Insane asylums Bombay 1873-77 - 1873-1877
Year: 1873
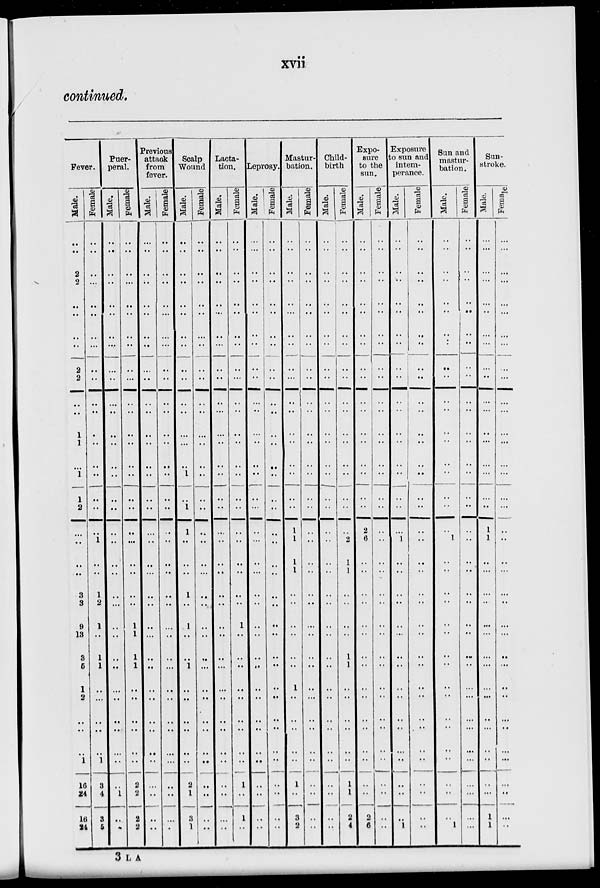
xvii
continued.
Fever.
Male.
..
..
2
2
..
..
..
..
2
2
..
..
1
1
..
1
1
2
..
..
..
..
3
3
9
13
3
5
1
2
..
..
..
1
16
24
16
24
Female.
..
..
..
..
..
..
..
..
..
..
..
..
..
..
..
..
..
..
..
1
..
..
1
2
1
..
1
1
..
..
..
..
..
1
3
4
3
5
Puer-
peral.
Male.
..
..
..
..
..
..
..
..
..
..
..
..
..
..
..
..
..
..
..
..
..
..
..
...
..
..
..
..
..
..
..
..
..
..
..
1
..
..
Female.
..
..
..
..
..
..
..
..
..
..
..
..
..
..
..
..
..
..
..
..
..
..
..
..
1
1
1
1
..
..
..
..
..
..
2
2
2
2
Previous
attack
from
fever.
Male.
..
..
..
..
..
..
..
..
..
..
..
..
..
..
..
..
..
..
..
..
..
..
..
..
..
...
..
..
..
..
..
..
..
..
..
....
..
..
Female.
..
..
..
..
..
..
..
..
..
..
..
..
..
..
..
..
..
..
..
..
..
..
..
..
...
..
..
...
..
..
..
..
..
...
..
..
...
..
Scalp
Wound
Male.
..
..
..
..
..
..
..
..
..
..
..
..
..
..
..
1
..
1
1
..
..
..
1
..
1
..
..
1
..
..
..
..
..
..
2
1
3
1
Female.
..
..
..
..
..
..
..
..
..
..
..
..
..
..
..
..
..
..
..
..
..
..
..
..
..
..
..
...
..
..
..
..
..
..
..
..
..
..
Lacta-
tion.
Male.
..
..
..
..
..
..
..
..
..
..
..
..
..
..
..
..
..
..
..
..
..
..
..
..
..
..
..
...
..
..
..
..
..
..
..
..
..
..
Female.
..
..
..
..
..
..
..
..
..
..
..
..
..
..
..
..
..
..
..
..
..
..
..
..
1
..
..
..
..
..
..
..
..
..
1
..
1
..
Leprosy.
Male.
..
..
..
..
..
..
..
..
..
..
..
..
..
..
..
..
..
..
..
..
..
..
..
..
..
..
..
..
..
..
..
..
..
..
..
..
..
..
Female.
..
..
..
..
..
..
..
..
..
..
..
..
..
..
..
..
..
..
..
..
..
..
..
..
..
..
..
..
..
..
..
..
..
..
..
..
..
..
Mastur-
bation.
Male.
..
..
..
..
..
..
..
..
..
..
..
..
..
..
..
..
..
..
1
1
1
1
..
..
..
..
..
..
1
..
..
..
..
..
1
..
3
2
Female.
..
..
..
..
..
..
..
..
..
..
..
..
..
..
..
..
..
..
..
..
..
..
..
..
..
..
..
..
..
..
..
..
..
..
..
..
..
..
Child-
birth
Male.
..
..
..
..
..
..
..
..
..
..
..
..
..
..
..
..
..
..
..
..
..
..
..
..
..
..
..
..
..
..
..
..
..
..
..
..
..
..
Female.
..
..
..
..
..
..
..
..
..
..
..
..
..
..
..
..
..
..
..
2
1
1
..
..
..
..
1
1
..
..
..
..
..
..
1
1
2
4
Expo-
sure
to the
sun.
Male.
..
..
..
..
..
..
..
..
..
..
..
..
..
..
..
..
..
..
2
6
..
..
..
..
..
..
..
..
..
..
..
..
..
..
..
..
2
6
Female.
..
..
..
..
..
..
..
..
..
..
..
..
..
..
..
..
..
..
..
..
..
..
..
..
..
..
..
..
..
..
..
..
..
..
..
..
..
..
Exposure
to sun and
intem-
perance.
Male.
..
..
..
..
..
..
..
..
..
..
..
..
..
..
..
..
..
..
..
1
..
..
..
..
..
..
..
..
..
..
..
..
..
..
..
..
..
1
Female.
..
..
..
..
..
..
..
..
..
..
..
..
..
..
..
..
..
..
..
..
..
..
..
..
..
..
..
..
..
..
..
..
..
..
..
..
..
..
Sun and
mastur-
bation.
Male.
..
..
..
..
..
..
..
..
..
..
..
..
..
..
..
..
..
..
..
1
..
..
..
..
..
..
..
..
..
..
..
..
..
..
..
..
..
1
Female.
..
..
..
..
..
..
..
..
..
..
..
..
..
..
..
..
..
..
..
..
..
..
..
..
..
..
..
..
..
...
..
...
...
...
..
...
..
...
Sun-
stroke.
Male.
..
...
..
...
...
..
...
...
..
..
...
...
..
...
..
...
..
..
1
1
..
...
..
..
...
...
..
...
..
...
..
...
..
..
..
...
1
1
Female.
..
...
..
...
...
...
...
...
..
...
...
...
..
...
..
...
..
...
..
..
..
...
..
..
..
...
..
...
..
..
...
..
...
...
..
..
..
..
3 L A